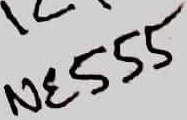
Text: NE555